Annual report on the working of the lock hospitals in the North-Western Provinces and Oudh
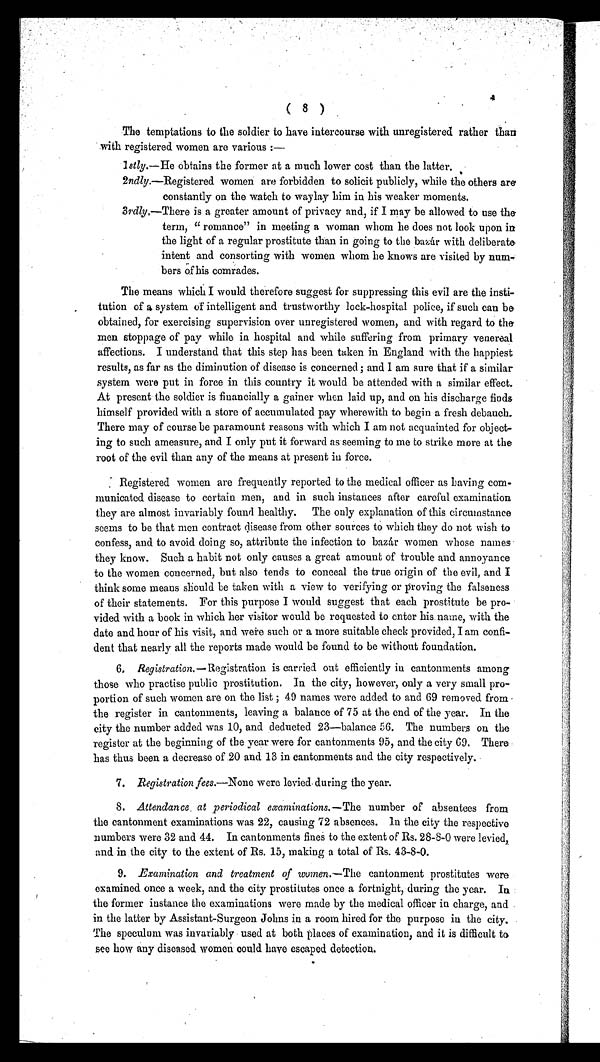
( 8 )
The temptations to the soldier to have intercourse with unregistered rather than
with registered women are various :—
Istly.—He obtains the former at a much lower cost than the latter.
2ndly.—Registered women are forbidden to solicit publicly, while the others are
constantly on the watch to waylay him in his weaker moments.
3rdly,—There is a greater amount of privacy and, if I may be allowed to use the
term, " romance" in meeting a woman whom he does not look upon in
the light of a regular prostitute than in going to the bazár with deliberate
intent and consorting with women whom he knows are visited by num-
bers of his comrades.
The means which I would therefore suggest for suppressing this evil are the insti-
tution of a system of intelligent and trustworthy lock-hospital police, if such can be
obtained, for exercising supervision over unregistered women, and with regard to the
men stoppage of pay while in hospital and while suffering from primary venereal
affections. I understand that this step has been taken in England with the happiest
results, as far as the diminution of disease is concerned ; and I am sure that if a similar
system were put in force in this country it would be attended with a similar effect.
At present the soldier is financially a gainer when laid up, and on his discharge finds
himself provided with a store of accumulated pay wherewith to begin a fresh debauch.
There may of course be paramount reasons with which I am not acquainted for object-
ing to such ameasure, and I only put it forward as seeming to me to strike more at the
root of the evil than any of the means at present in force.
Registered women are frequently reported to the medical officer as having com-
municated disease to certain men, and in such instances after careful examination
they are almost invariably found healthy. The only explanation of this circumstance
seems to be that men contract disease from other sources to which they do not wish to
confess, and to avoid doing so, attribute the infection to bazar women whose names
they know. Such a habit not only causes a great amount of trouble and annoyance
to the women concerned, but also tends to conceal the true origin of the evil, and I
think some means should be taken with a view to verifying or proving the falseness
of their statements. For this purpose I would suggest that each prostitute be pro-
vided with a book in which her visitor would be requested to enter his name, with the
date and hour of his visit, and were such or a more suitable check provided, I am confi-
dent that nearly all the reports made would be found to be without foundation.
6. Registration.— Registration is carried out efficiently in cantonments among
those who practise public prostitution. In the city, however, only a very small pro-
portion of such women are on the list ; 49 names were added to and 69 removed from
the register in cantonments, leaving a balance of 75 at the end of the year. In the
city the number added was 10, and deducted 23—balance 56. The numbers on the
register at the beginning of the year were for cantonments 95, and the city 69. There
has thus been a decrease of 20 and 13 in cantonments and the city respectively.
7. Registration fees.—None w ere levied during the year.
8. Attendance at periodical examinations.—The number of absentees from
the cantonment examinations was 22, causing 72 absences. In the city the respective
numbers were 32 and 44. In cantonments fines to the extent of Rs. 28-8-0 were levied,
and in the city to the extent of Rs. 15, making a total of Rs. 43-8-0.
9. Examination and treatment of women.—The cantonment prostitutes were
examined once a week, and the city prostitutes once a fortnight, during the year. In
the former instance the examinations were made by the medical officer in charge, and
in the latter by Assistant-Surgeon Johns in a room hired for the purpose in the city.
The speculum was invariably used at both places of examination, and it is difficult to
see how any diseased women could have escaped detection.